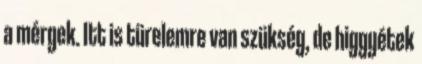
a mérgek. Itt is türelemre van szükség, de higgyétek